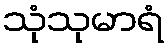
သုံသုမာရံ